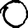
Digit: 0